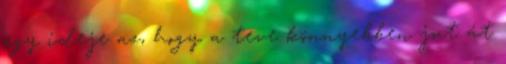
egy ideje az, hogy a teve könnyebben jut át